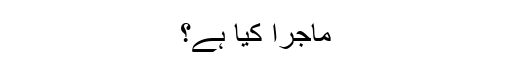
ماجرا کیا ہے؟